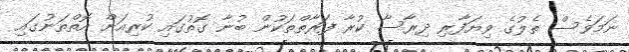
ނަމަވެސް ތެލުގެ ވިޔަފާރި ދިރާސާ ކުރާ ފަރާތްތަކުން ބުނާ ގޮތުގައި ކުރިއަށް އޮތްތަނުގައި